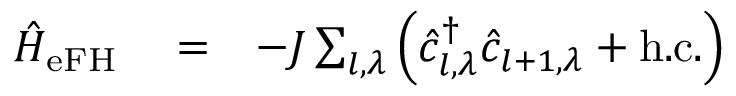
\begin{array} { r l r } { \hat { H } _ { \mathrm { e F H } } } & { { } = } & { - J \sum _ { l , \lambda } \left( \hat { c } _ { l , \lambda } ^ { \dag } \hat { c } _ { l + 1 , \lambda } + \mathrm { h . c . } \right) } \end{array}